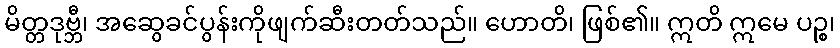
မိတ္တဒုဗ္ဘီ၊ အဆွေခင်ပွန်းကိုဖျက်ဆီးတတ်သည်။ ဟောတိ၊ ဖြစ်၏။ ဣတိ ဣမေ ပဉ္စ၊